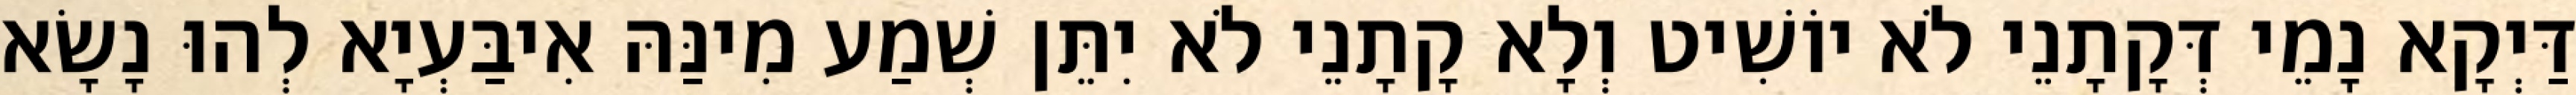
דַּיְקָא נָמֵי דְּקָתָנֵי לֹא יוֹשִׁיט וְלָא קָתָנֵי לֹא יִתֵּן שְׁמַע מִינַּהּ אִיבַּעְיָא לְהוּ נָשָׂא